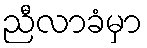
ညီလာခံမှာ